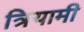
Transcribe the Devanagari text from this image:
त्रियामी